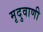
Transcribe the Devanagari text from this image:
मृदुवाणी